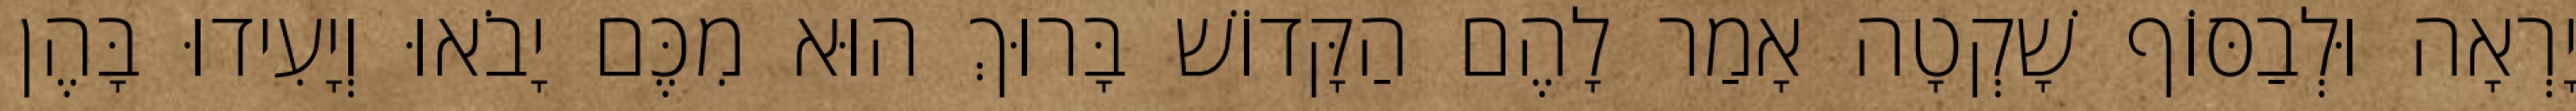
יָרְאָה וּלְבַסּוֹף שָׁקְטָה אָמַר לָהֶם הַקָּדוֹשׁ בָּרוּךְ הוּא מִכֶּם יָבֹאוּ וְיָעִידוּ בָּהֶן